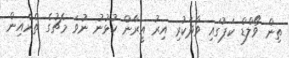
ތިން ވޯލްޑް ކަޕުގައި ވާދަކުރި އިރު އީރާން ކުޅުނު ނުވަ މެޗުގެ ތެރެއިން